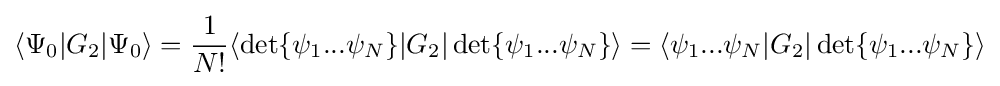
\langle \Psi _{0}|G_{2}|\Psi _{0}\rangle ={\frac {1}{N!}}\langle \det\{\psi _{1}...\psi _{N}\}|G_{2}|\det\{\psi _{1}...\psi _{N}\}\rangle =\langle \psi _{1}...\psi _{N}|G_{2}|\det\{\psi _{1}...\psi _{N}\}\rangle